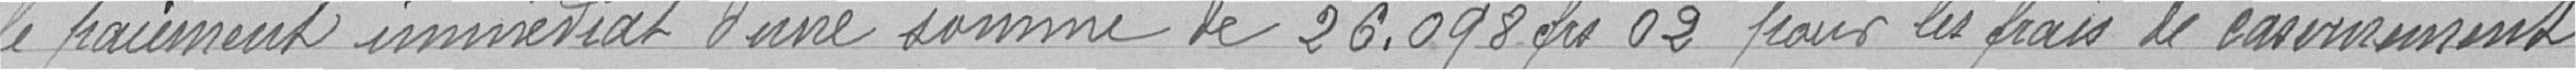
le paiement immédiat d'une somme de 26.098 frs 02 pour les frais de casernement